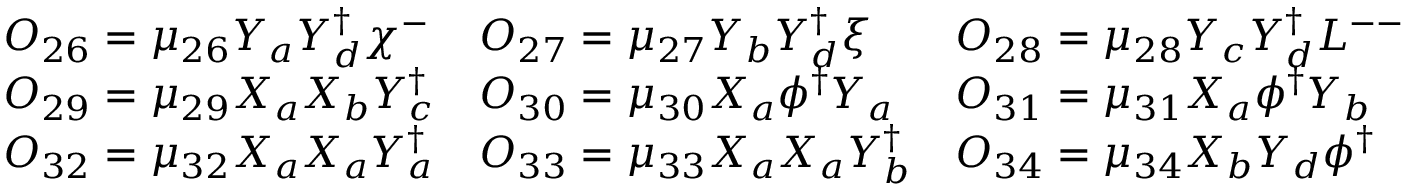
\begin{array} { l l l } { { { \cal O } _ { 2 6 } = \mu _ { 2 6 } Y _ { a } Y _ { d } ^ { \dagger } { \chi ^ { - } } } } & { { { \cal O } _ { 2 7 } = \mu _ { 2 7 } Y _ { b } Y _ { d } ^ { \dagger } { \xi } } } & { { { \cal O } _ { 2 8 } = \mu _ { 2 8 } Y _ { c } Y _ { d } ^ { \dagger } L ^ { -- } } } \\ { { { \cal O } _ { 2 9 } = \mu _ { 2 9 } X _ { a } X _ { b } Y _ { c } ^ { \dagger } } } & { { { \cal O } _ { 3 0 } = \mu _ { 3 0 } X _ { a } \phi ^ { \dagger } Y _ { a } } } & { { { \cal O } _ { 3 1 } = \mu _ { 3 1 } X _ { a } \phi ^ { \dagger } Y _ { b } } } \\ { { { \cal O } _ { 3 2 } = \mu _ { 3 2 } X _ { a } X _ { a } Y _ { a } ^ { \dagger } } } & { { { \cal O } _ { 3 3 } = \mu _ { 3 3 } X _ { a } X _ { a } Y _ { b } ^ { \dagger } } } & { { { \cal O } _ { 3 4 } = \mu _ { 3 4 } X _ { b } Y _ { d } \phi ^ { \dagger } } } \end{array}